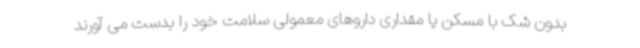
بدون شک با مسکن یا مقداری داروهای معمولی سلامت خود را بدست می آورند